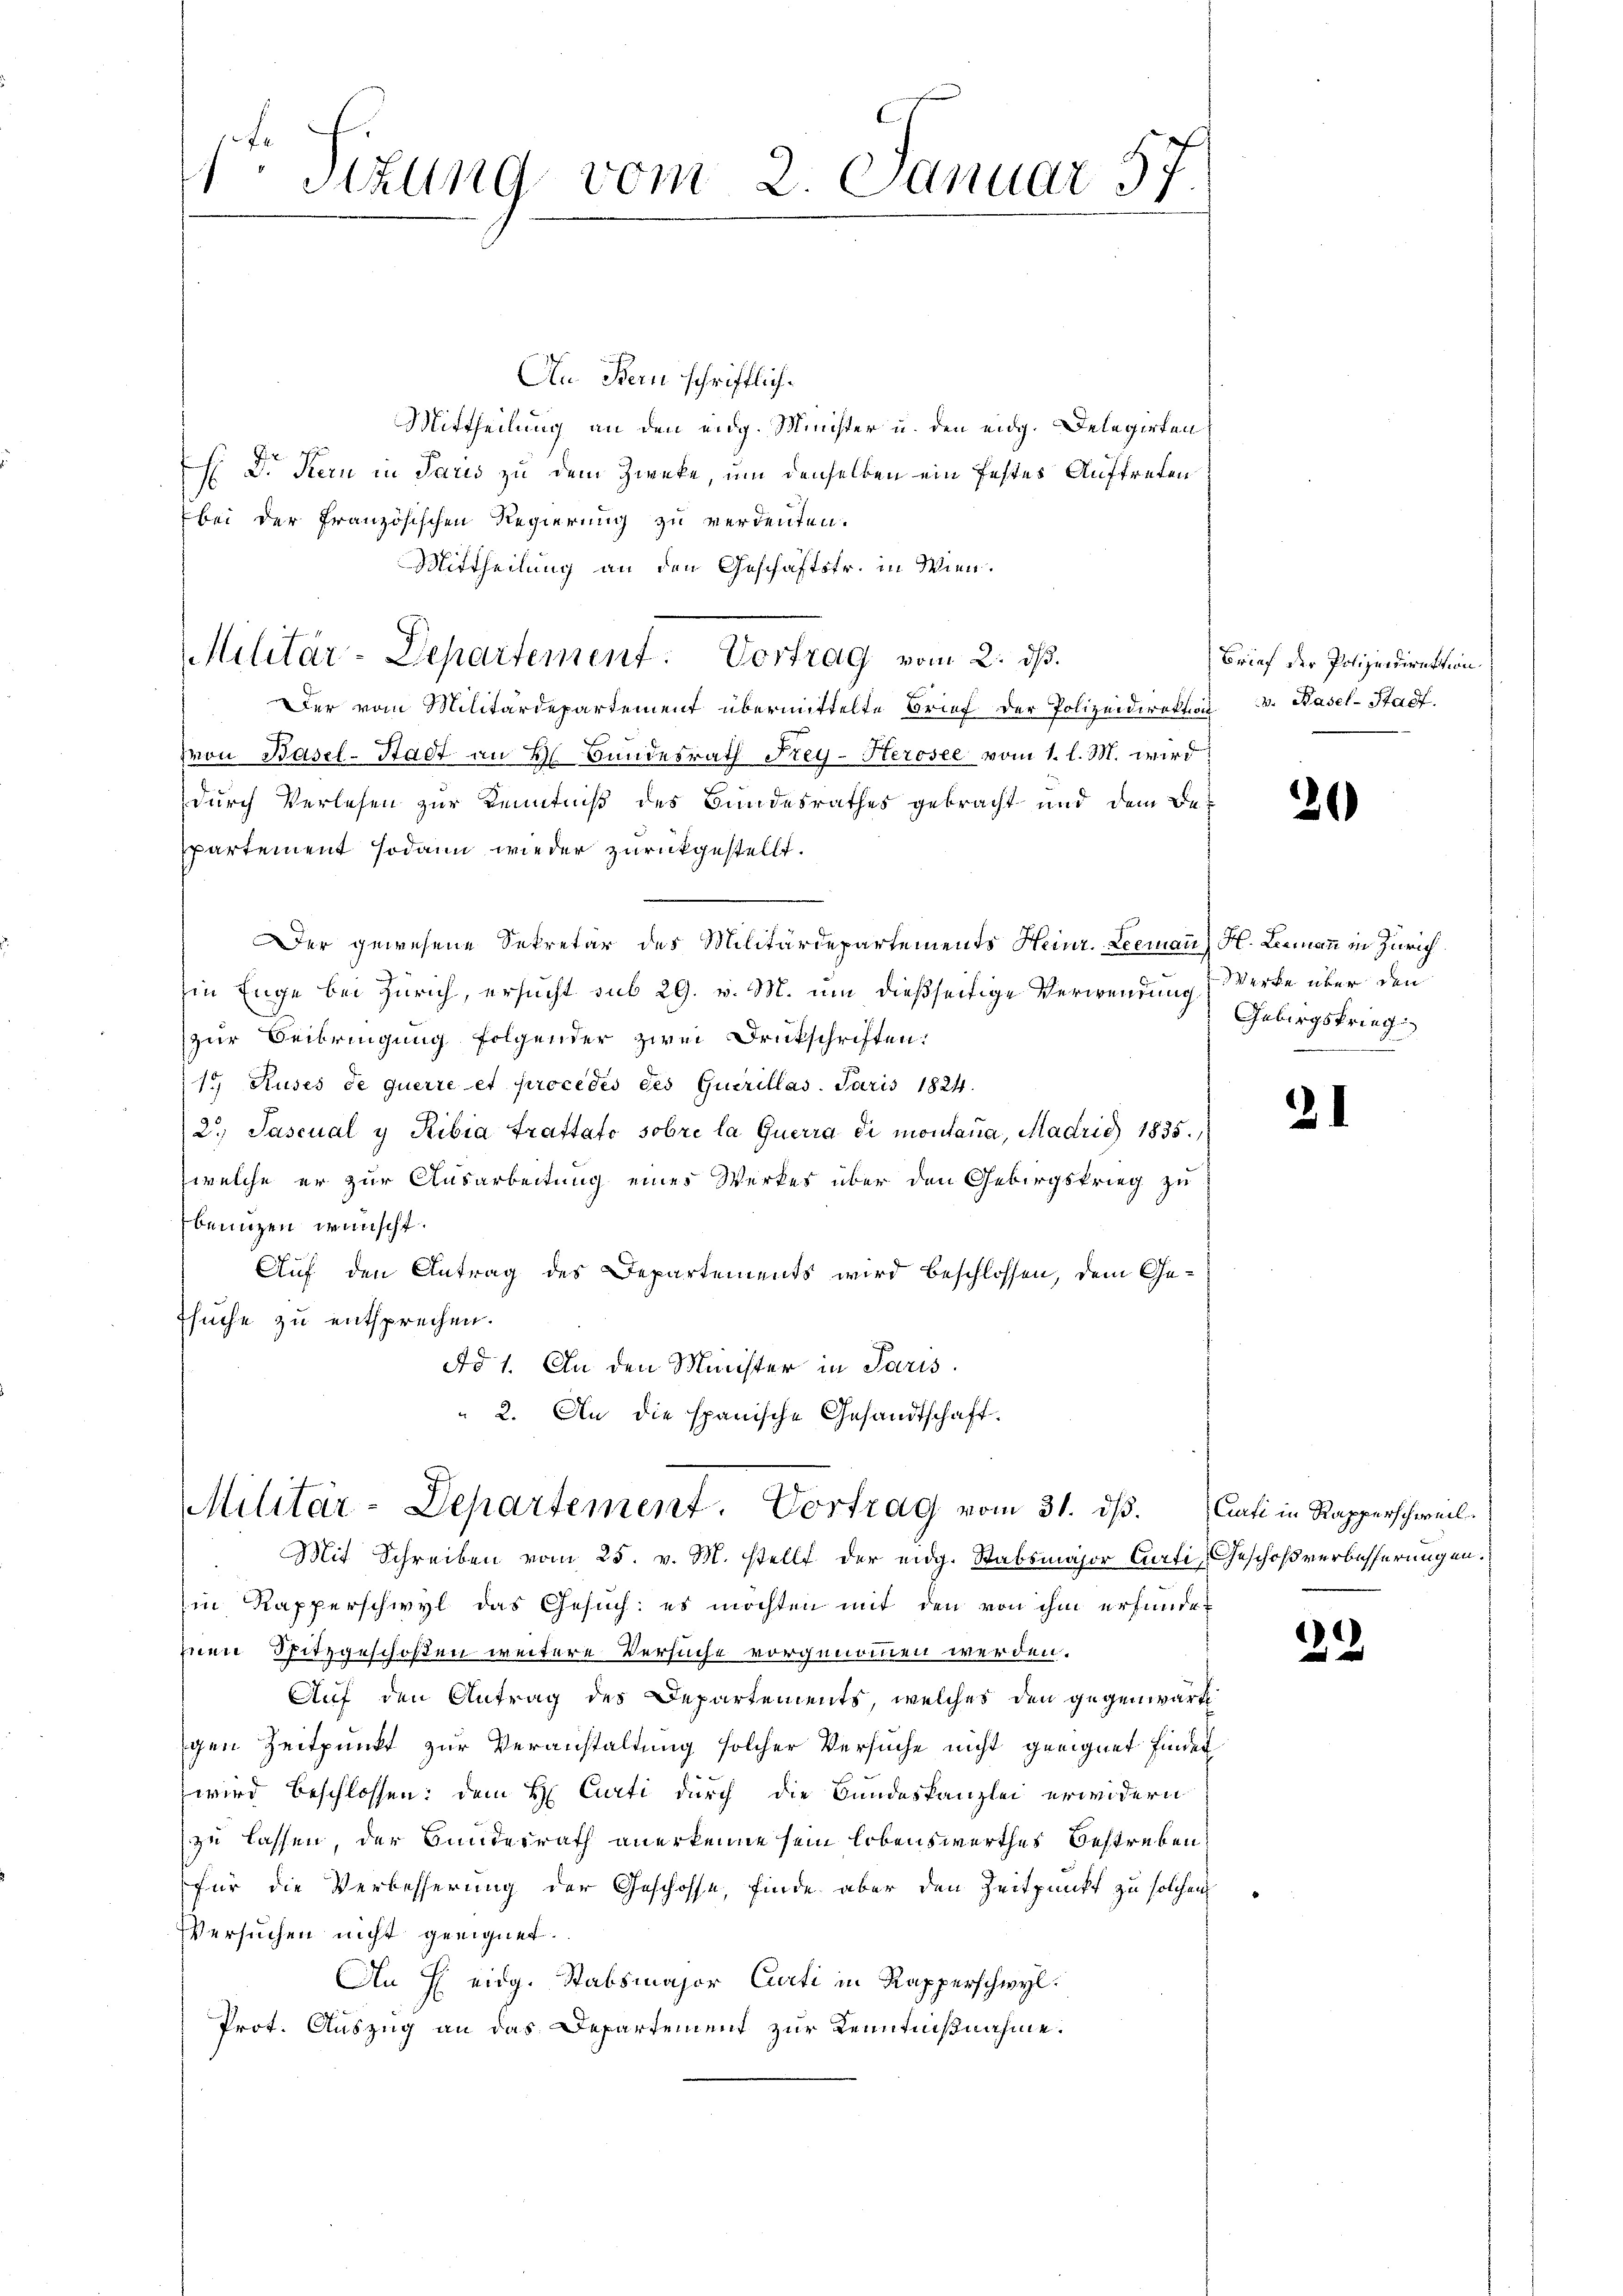
r Sitzung vom 2. Januar 57

An. Bern schriftlich¬
Mittheilung an den eidg. Minister u. den eidg. Delegirten
 Dr Kern in Paris zu dem Zweke, um denselben ein festes Auftreten
bei der französischen Regierung zu verdenten.
Mittheilung an den Geschäftsfr. in Wien.
Der vom Militärdepartement übermittelte Brief der Polizeidirektion v. Basel-Stadt.
von Basel-Stadt an H. Bundesrath Frey-Herosee vom 1. l. M. wird
durch Verlesen zur Kenntniß des Bundesrathes gebracht und dem Be-
spartement sodann wieder zurückgestellt.
Der gewesene Sekretär des Militärdepartements Heinr. Leemann) H. Leemann in Zürich
hin Enge bei Zürich, ersucht sub 29. v. M. um dießseitige Verwendung Werke über den
zur Beibringung folgender zwei Drukschriften:
1t Ruses de querre et procédés des Gucrillas. Jaris 1824.
2. Pascual y Ribia Trattato sobre la querra di montana, Madris 1835.
welche er zur Ausarbeitung eines Werkes über den Gebirgskrieg zu
eunzen wünscht.
Auf den Antrag des Departements wird beschlossen, dem Ge¬
Tsuche zu entsprechen.
Ad 1. An den Minister in Paris.
2. An die spanische Gesandtschaft.

Militär-Departement: Vortrag vom 2. ds.

Militär-Departement. Vortrag vom 31. dβ. Curti in Rapperschweil.

Brief der Polizeidirektion.

Mit Schreiben vom 25. v. M. stellt der eidg. Stabsmajor Curti, Geschoßverbesserungen.
(in Kapperschwyl das Gesuch: es möchten mit den von ihm erfundet
inen Spitzgeschoßen weitere Versuche vorgenommen werden.
Auf den Antrag des Departements, welches den gegenwärt
gen Zeitpunkt zur Veranstaltung solcher Versuche nicht geeignet finden
wird beschlossen: dem H. Curti durch die Bundeskanzlei erwidern
zu lassen, der Bundesrath anerkenne sein lobenswerthes bestreben,
für die Verbesserung der Geschosse, finde aber den Zeitpunkt zu solchen
Versuchen nicht geeignet.
An H. eidg. Stabsmajor Curti in Kapperschwyl
Prot. Auszug an das Departement zur Kenntnißnahme.

21)

Gebirgskrieg

21

22